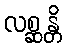
လစ္ဆန္တိ